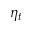
\eta _ { t }